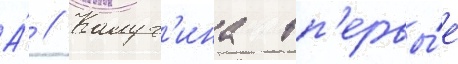
А́ // Калуг'ина вп'ервы́е